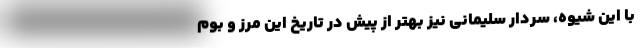
با این شیوه، سردار سلیمانی نیز بهتر از پیش در تاریخ این مرز و بوم